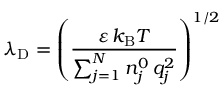
\lambda _ { \mathrm { { D } } } = \left( { \frac { \varepsilon \, k _ { \mathrm { { B } } } T } { \sum _ { j = 1 } ^ { N } n _ { j } ^ { 0 } \, q _ { j } ^ { 2 } } } \right) ^ { 1 / 2 }